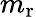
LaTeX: m_{\mathrm{r}}